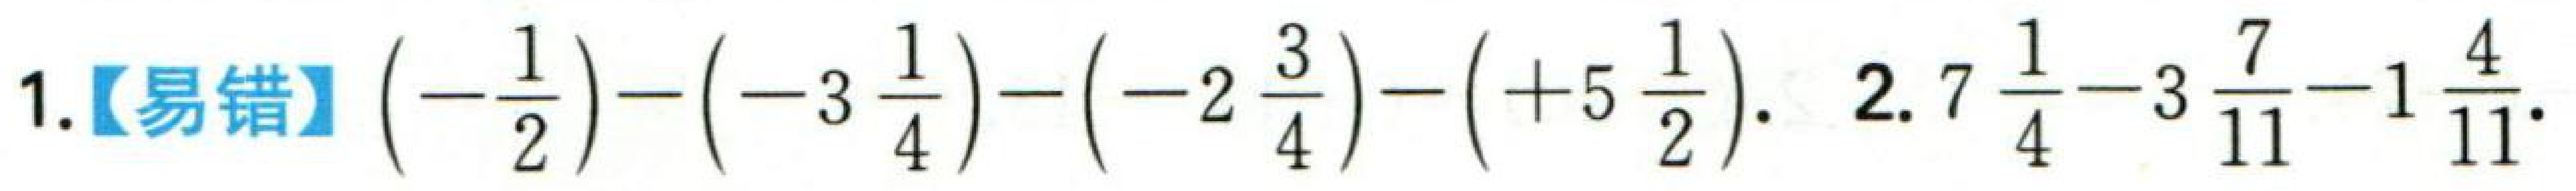
1.【易错】\(\left(-\dfrac{1}{2}\right)-\left(-3\dfrac{1}{4}\right)-\left(-2\dfrac{3}{4}\right)-\left(+5\dfrac{1}{2}\right)\). 2.\(7\dfrac{1}{4}-3\dfrac{7}{11}-1\dfrac{4}{11}\).